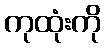
ကုထုံးကို